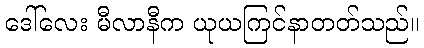
ဒေါ်လေး မီလာနီက ယုယကြင်နာတတ်သည်။